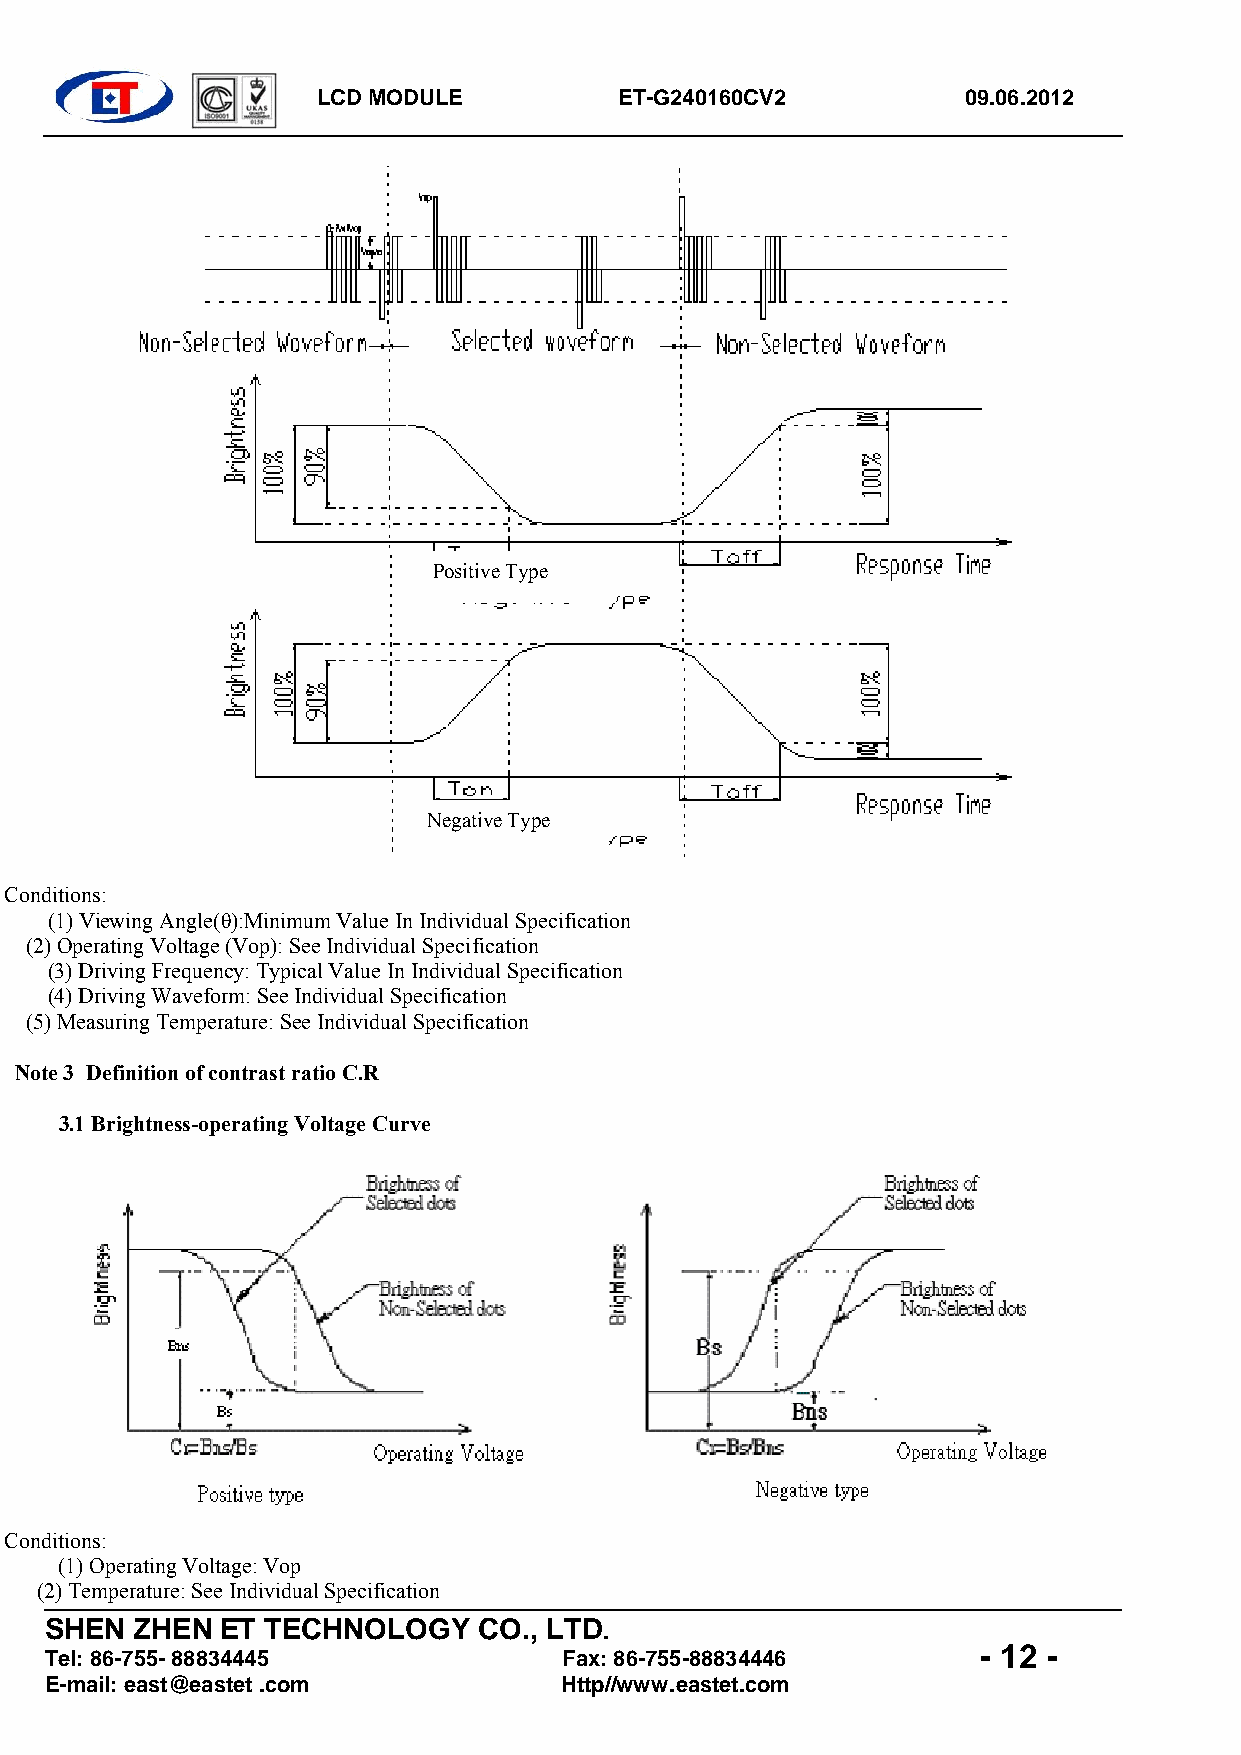
LCD MODULE          ET-G240160CV2          09.06.2012
 Positive Type
 Negative Type
 Conditions:
 (1) Viewing Angle(θ):Minimum Value In Individual Specification
 (2) Operating Voltage (Vop): See Individual Specification
 (3) Driving Frequency: Typical Value In Individual Specification
 (4) Driving Waveform: See Individual Specification
 (5) Measuring Temperature: See Individual Specification
 Note 3 Definition of contrast ratio C.R
 3.1 Brightness-operating Voltage Curve
 Conditions:
 (1) Operating Voltage: Vop
 (2) Temperature: See Individual Specification
 SHEN  ZHEN  ET TECHNOLOGY    CO., LTD.
 - 12 -
 Tel: 86-755- 88834445             Fax: 86-755-88834446
 E-mail: east@eastet .com          Http//www.eastet.com